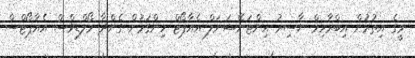
މީގެ އިތުރުން އިބްރާހިމް ނާސިރު އިންޓަނޭޝަނަލް އެއާޕޯޓް ހިންގަމުން ގެންދާ މޯލްޑިވްސް އެއާޕޯޓްސް